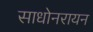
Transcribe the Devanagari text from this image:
साधोनरायन